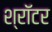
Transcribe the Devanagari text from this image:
श्रॉटर